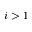
i > 1